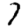
Digit: 7